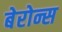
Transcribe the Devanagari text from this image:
बेरोन्स